Vaccination in Bombay 1874-1876 - 1874-1876
Year: 1874
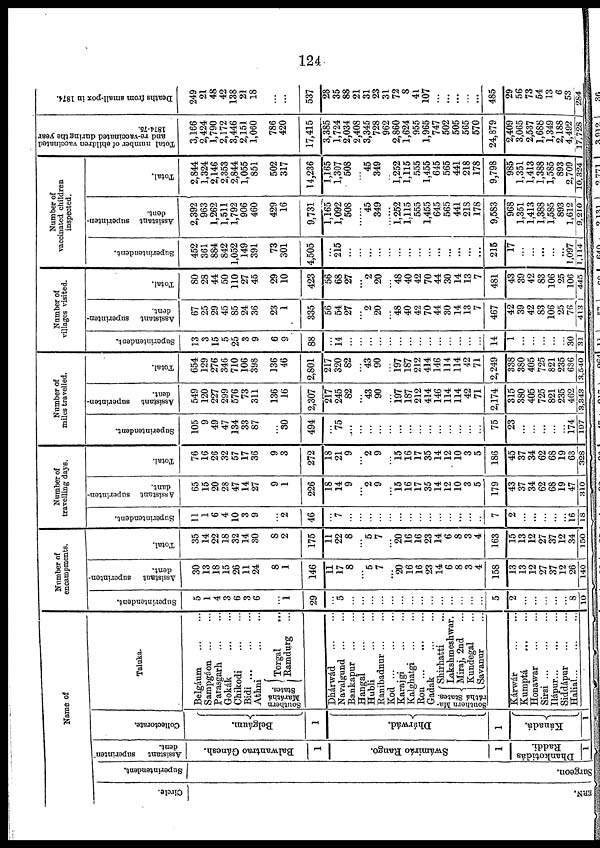
124
Name of
Circle.
ERN.
superintendent.
Surgeon.
Assistant superintend-
dent.
Balwantrao Gánesh.
1
Swámiráo Rango.
1
Dhankotidás
Raddi.
1
Collectorate.
Belgáum.
1
Dhárwád.
1
Kánadá.
1
Taluka.
Belgáum ... ...
Sampgáon ... ...
Parasgarh ... ...
Gokák ... ...
Chikodi
...
...
Bidi
...
...
...
Athni
...
...
Southern
Maráthá
States.
Torgal ...
Ramdurg ...
Dhárwád
...
...
Navalgund
...
...
Bankapur ... ...
Hangal
...
...
Hubli
...
...
Ranibadnur
...
...
Kod
...
...
...
Karajgi ... ...
Kalghatgi
...
...
Ron
...
...
...
Gadak
...
...
Southern Ma-
ráthá States.
Shirhatti ...
Lakshmeshwar.
Miraj, 2nd ...
Kundegal ...
Savanur ...
Kárwár
...
...
Kumptá
...
...
Honawar
...
...
Sirsi
...
...
...
Ilápur
...
...
...
Siddápur
...
...
Halial
...
...
...
Number of
encampments.
Superintendent.
5
1
4
3
6
3
6
...
1
29
...
5
...
...
...
...
...
...
...
...
...
...
...
...
...
...
5
2
...
...
...
...
...
8
10
Assistant superinten-
dent.
30
13
18
15
26
11
24
8
1
146
11
17
8
...
5
7
...
20
16
16
23
14
6
8
3
4
158
13
13
12
27
37
12
26
140
Total.
35
14
22
18
32
14
30
8
2
175
11
22
8
...
5
7
...
20
16
16
23
14
6
8
3
4
163
15
13
12
27
37
12
34
150
Number of
travelling days.
Superintendent.
11
1
6
4
10
3
9
...
2
46
...
7
...
...
...
...
...
...
...
...
...
...
...
...
...
...
7
2
...
...
...
...
...
16
18
Assistant superinten-
dant.
65
15
20
28
47
14
27
9
1
226
18
14
9
...
2
9
...
15
16
17
35
14
12
10
3
5
179
43
37
34
62
68
19
47
310
Total.
76
16
26
32
57
17
36
9
3
272
18
21
9
...
2
9
...
15
16
17
35
14
12
10
3
5
186
45
37
34
62
68
19
63
328
Number of
miles travelled.
Superintendent.
105
9
49
47
134
33
87
...
30
494
...
75
...
...
...
...
...
...
...
...
...
...
...
...
...
...
75
23
...
...
...
...
...
174
197
Assistant superinten-
dent.
549
120
227
299
576
73
311
136
16
2,307
217
245
82
...
43
90
...
197
187
212
414
146
114
114
42
71
2,174
315
380
405
725
821
235
462 3,343
Total.
654
129
276
346
710
106
398
136
46
2,801
217
320 82
...
43
90
...
197
187
212
414 146
114
114
42
71
2,249
338
380
405
725
821
235
636 3,540
Number of
villages visited.
Superintendent.
13
3
15
5
25
3
9
6
9
88
...
14
...
...
...
...
...
...
...
...
...
...
...
...
...
...
14
1
...
...
...
...
...
30
31
Assistant superinten-
dent.
67
25
29
45
85
24
36
23
1
335
56
54
27
...
2
20
...
48
40
42
70
44
30
14
13
7
467
42
39
42
83
106
25
76
413
Total.
80
28
44
50
110
27
45
29
10
423
56
68
27
...
2
20
...
48
40
42
70
44
30
14
13
7
481
43
39
42
83
106
25
106
445
Number of
vaccinated children
inspected.
Superintendent.
452
361
884
842
1,052
149
391
73
301
4,505
...
215
...
...
...
...
...
...
...
...
...
...
...
...
...
...
215
17
...
...
...
...
...
1,097
1,114
A ssistant superinten-
dent.
2,392
963
1,262
1,511
1,792
906
460
429
16
9,731
1,165
1,092
508
...
45
349
......
1,252
1,115
555
1,455
645
565
441
218
178
9,583
968
1,351
1,413
1,388
1,585
893
1,612
9,210
Total.
2,844
1,324
2,146
2,353
2,844
1,055
851
502
317
14,236
1,165
1,307 508
...
45
349
...
1,252
1,115
555
1,455 645
565
441
218
178
9,798
985
1,351
l,413
1,388
1,585
893
2,709
10,324
Total number of children vaccinated
and re-vaccinated during the year
1874-75.
3,166
2,424
1,790
2,172
3,446
2,151
1,060
786
420
17,415
3,385
1,724 2,034
2,408
3,345
728
962
2,860
1,624
955
1,965 747
502
505
565
570
24,879
2,409
3,065
2,537
l,688
1,349
2,188
4,492
17,728
Deaths from small-pox in 1874.
249
21
48
42
138
21
18
...
...
537
28
35 88
21
31
23
31
72
8
41
107
...
...
...
...
...
485
29
56
73
54
13
6
53
284